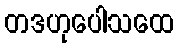
တဒဟုပေါသထေ